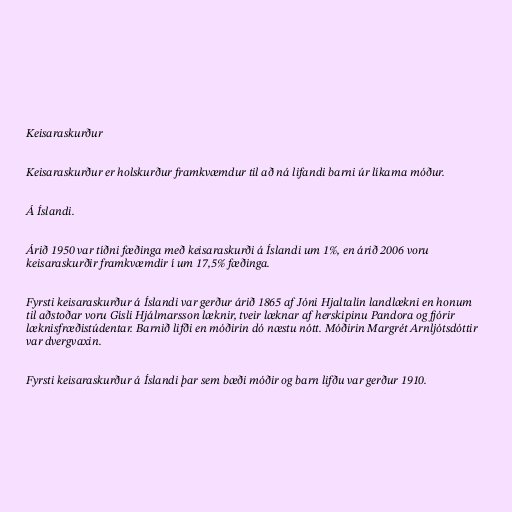
Keisaraskurður

Keisaraskurður er holskurður framkvæmdur til að ná lifandi barni úr líkama móður.

Á Íslandi.

Árið 1950 var tíðni fæðinga með keisaraskurði á Íslandi um 1%, en árið 2006 voru
keisaraskurðir framkvæmdir í um 17,5% fæðinga.

Fyrsti keisaraskurður á Íslandi var gerður árið 1865 af Jóni Hjaltalín landlækni en honum
til aðstoðar voru Gísli Hjálmarsson læknir, tveir læknar af herskipinu Pandora og fjórir
læknisfræðistúdentar. Barnið lifði en móðirin dó næstu nótt. Móðirin Margrét Arnljótsdóttir
var dvergvaxin.

Fyrsti keisaraskurður á Íslandi þar sem bæði móðir og barn lifðu var gerður 1910.